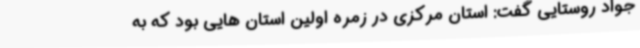
جواد روستایی گفت: استان مرکزی در زمره اولین استان هایی بود که به